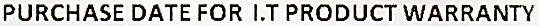
PURCHASE DATE FOR I.T PRODUCT WARRANTY